Leningradi_Edasi_toimetus, lk 162
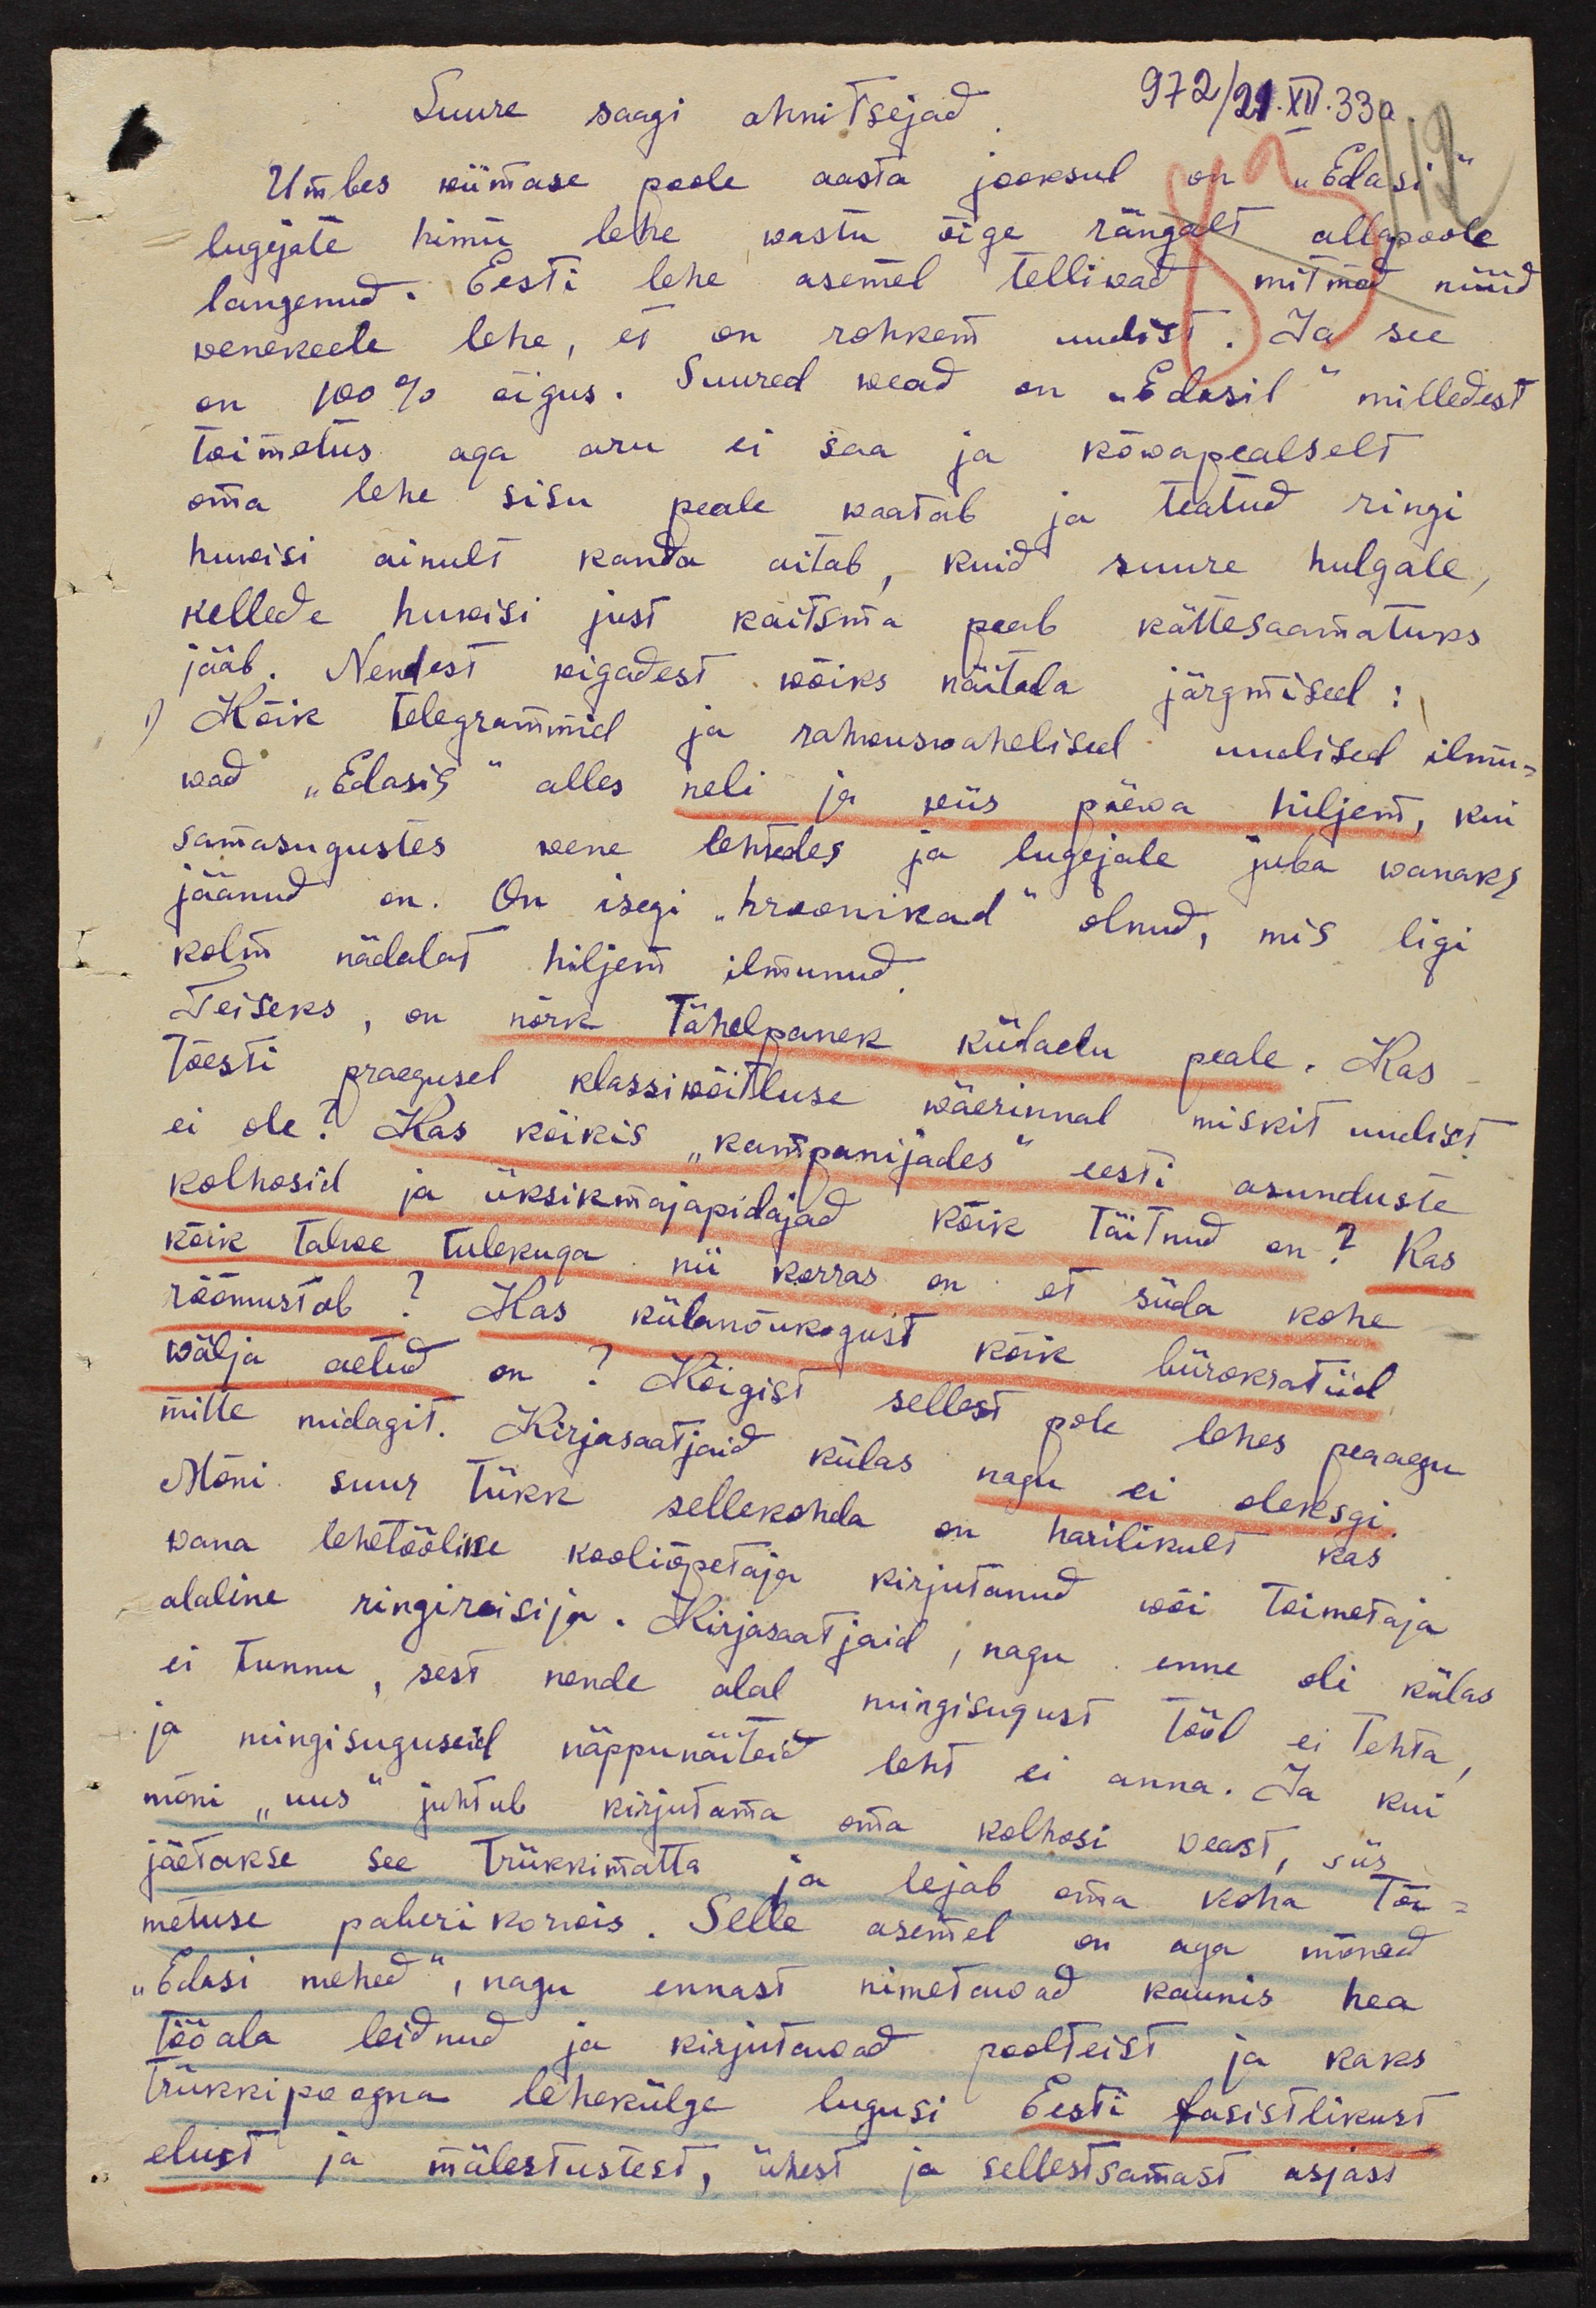
Suure saagi ahnitsejad 972/21.XII.33 a
Umbes wiimase poole aasta jooksul on "Edasi"
lugejate himu lehe wastu õige rängalt allapoole
langenud. Eesti lehe asemel telliwad mitmed nüüd
wenekeele lehe, et on rohkem uudist. Ja see
on 100% õigus. Suured wead on "Edasil" milledest
toimetus aga aru ei saa ja kõwapealselt
oma lehe sisu peale waatab ja teatud ringi
huwisi ainult kanda aitab, kuid suure hulgale,
kellede huwisi just kaitsma peab kättesaamatuks
jääb. Nendest wigadest wõiks näitada järgmised:
Kõik telegrammid ja rahwuswahelised uudised ilmu-
wad "Edasis" alles neli ja wiis päewa hiljem, kui
samasugustes wene lehtedes ja lugejale juba wanaks
jäänud on. On isegi "kroonikad" olnud, mis ligi
kolm nädalad hiljem ilmunud.
Teiseks, on nõrk tähelepanek külaelu peale. Kas
tõesti praegusel klassiwõitluse wäerinnal miskit uudist
ei ole. Kas kõikis "kampanijades" eesti asunduste
kolhosid ja üksikmajapidajad kõik täitnud on? Kas
kõik talwe tulekuga nii korras on et süda kohe
rõõmustab? Kas külanõukogust kõik bürokraatiid
wälja aetud on? Kõigist sellest pole lehes peaaegu
mitte midagit. Kirjasaatjaid külas nagu ei oleksgi
Mõni suur tükk sellekohda on harilikult kas
wana lehetöölise kooliõpetaja kirjutanud wõi toimetaja
alaline ringireisija. Kirjasaatjaid, nagu enne oli külas
ei tunnu, sest nende alal mingisugust tööd ei tehta
ja mingisuguseid näppunäiteid leht ei anna. Ja kui
mõni "uus" juhtub kirjutama oma kolhosi weast, siis
jäetakse see Trükkimatta ja lejab oma koha toi
metuse paberikorvis. Selle asemel on aga mõned
"Edasi mehed", nagu ennast nimetavad kaunis hea
tööala leidnud ja kirjutavad poolteist ja kaks
trükkipoogna lehekülge lugusi Eesti fasistlikust
elust ja mälestustest, ühest ja sellestsamast asjast